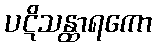
ပဋိသန္ထာရကော